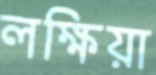
লক্ষিয়া